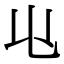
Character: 𠄑